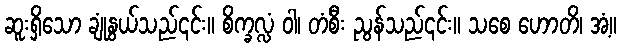
ဆူးရှိသော ချုံနွယ်သည်၎င်း။ စိက္ခလ္လံ ဝါ၊ တံစီး ညွန်သည်၎င်း။ သစေ ဟောတိ၊ အံ့။